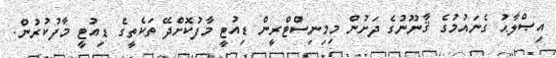
އިޞްލާޙު ގެނައުމުގެ ޤާނޫނުގެ ދަށުން މިމިނިސްޓްރީން ޑިއުޓީ މާފުކޮށްދޭ ތަކެތީގެ ޑިއުޓީ މާފުކުރުން.